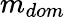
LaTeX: m_{dom}